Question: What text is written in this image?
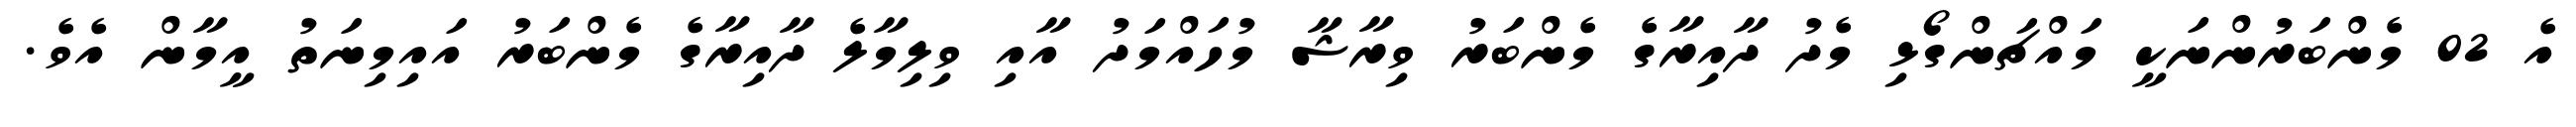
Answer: އެ 02 މެންބަރުންނަކީ މައްޗަންގޯޅި މެދު ދާއިރާގެ މެންބަރު ވިރާޝާ މުހައްމަދު އާއި ވިލިމާލެ ދާއިރާގެ މެންބަރު އައިމިނަތު އީމާން އެވެ.